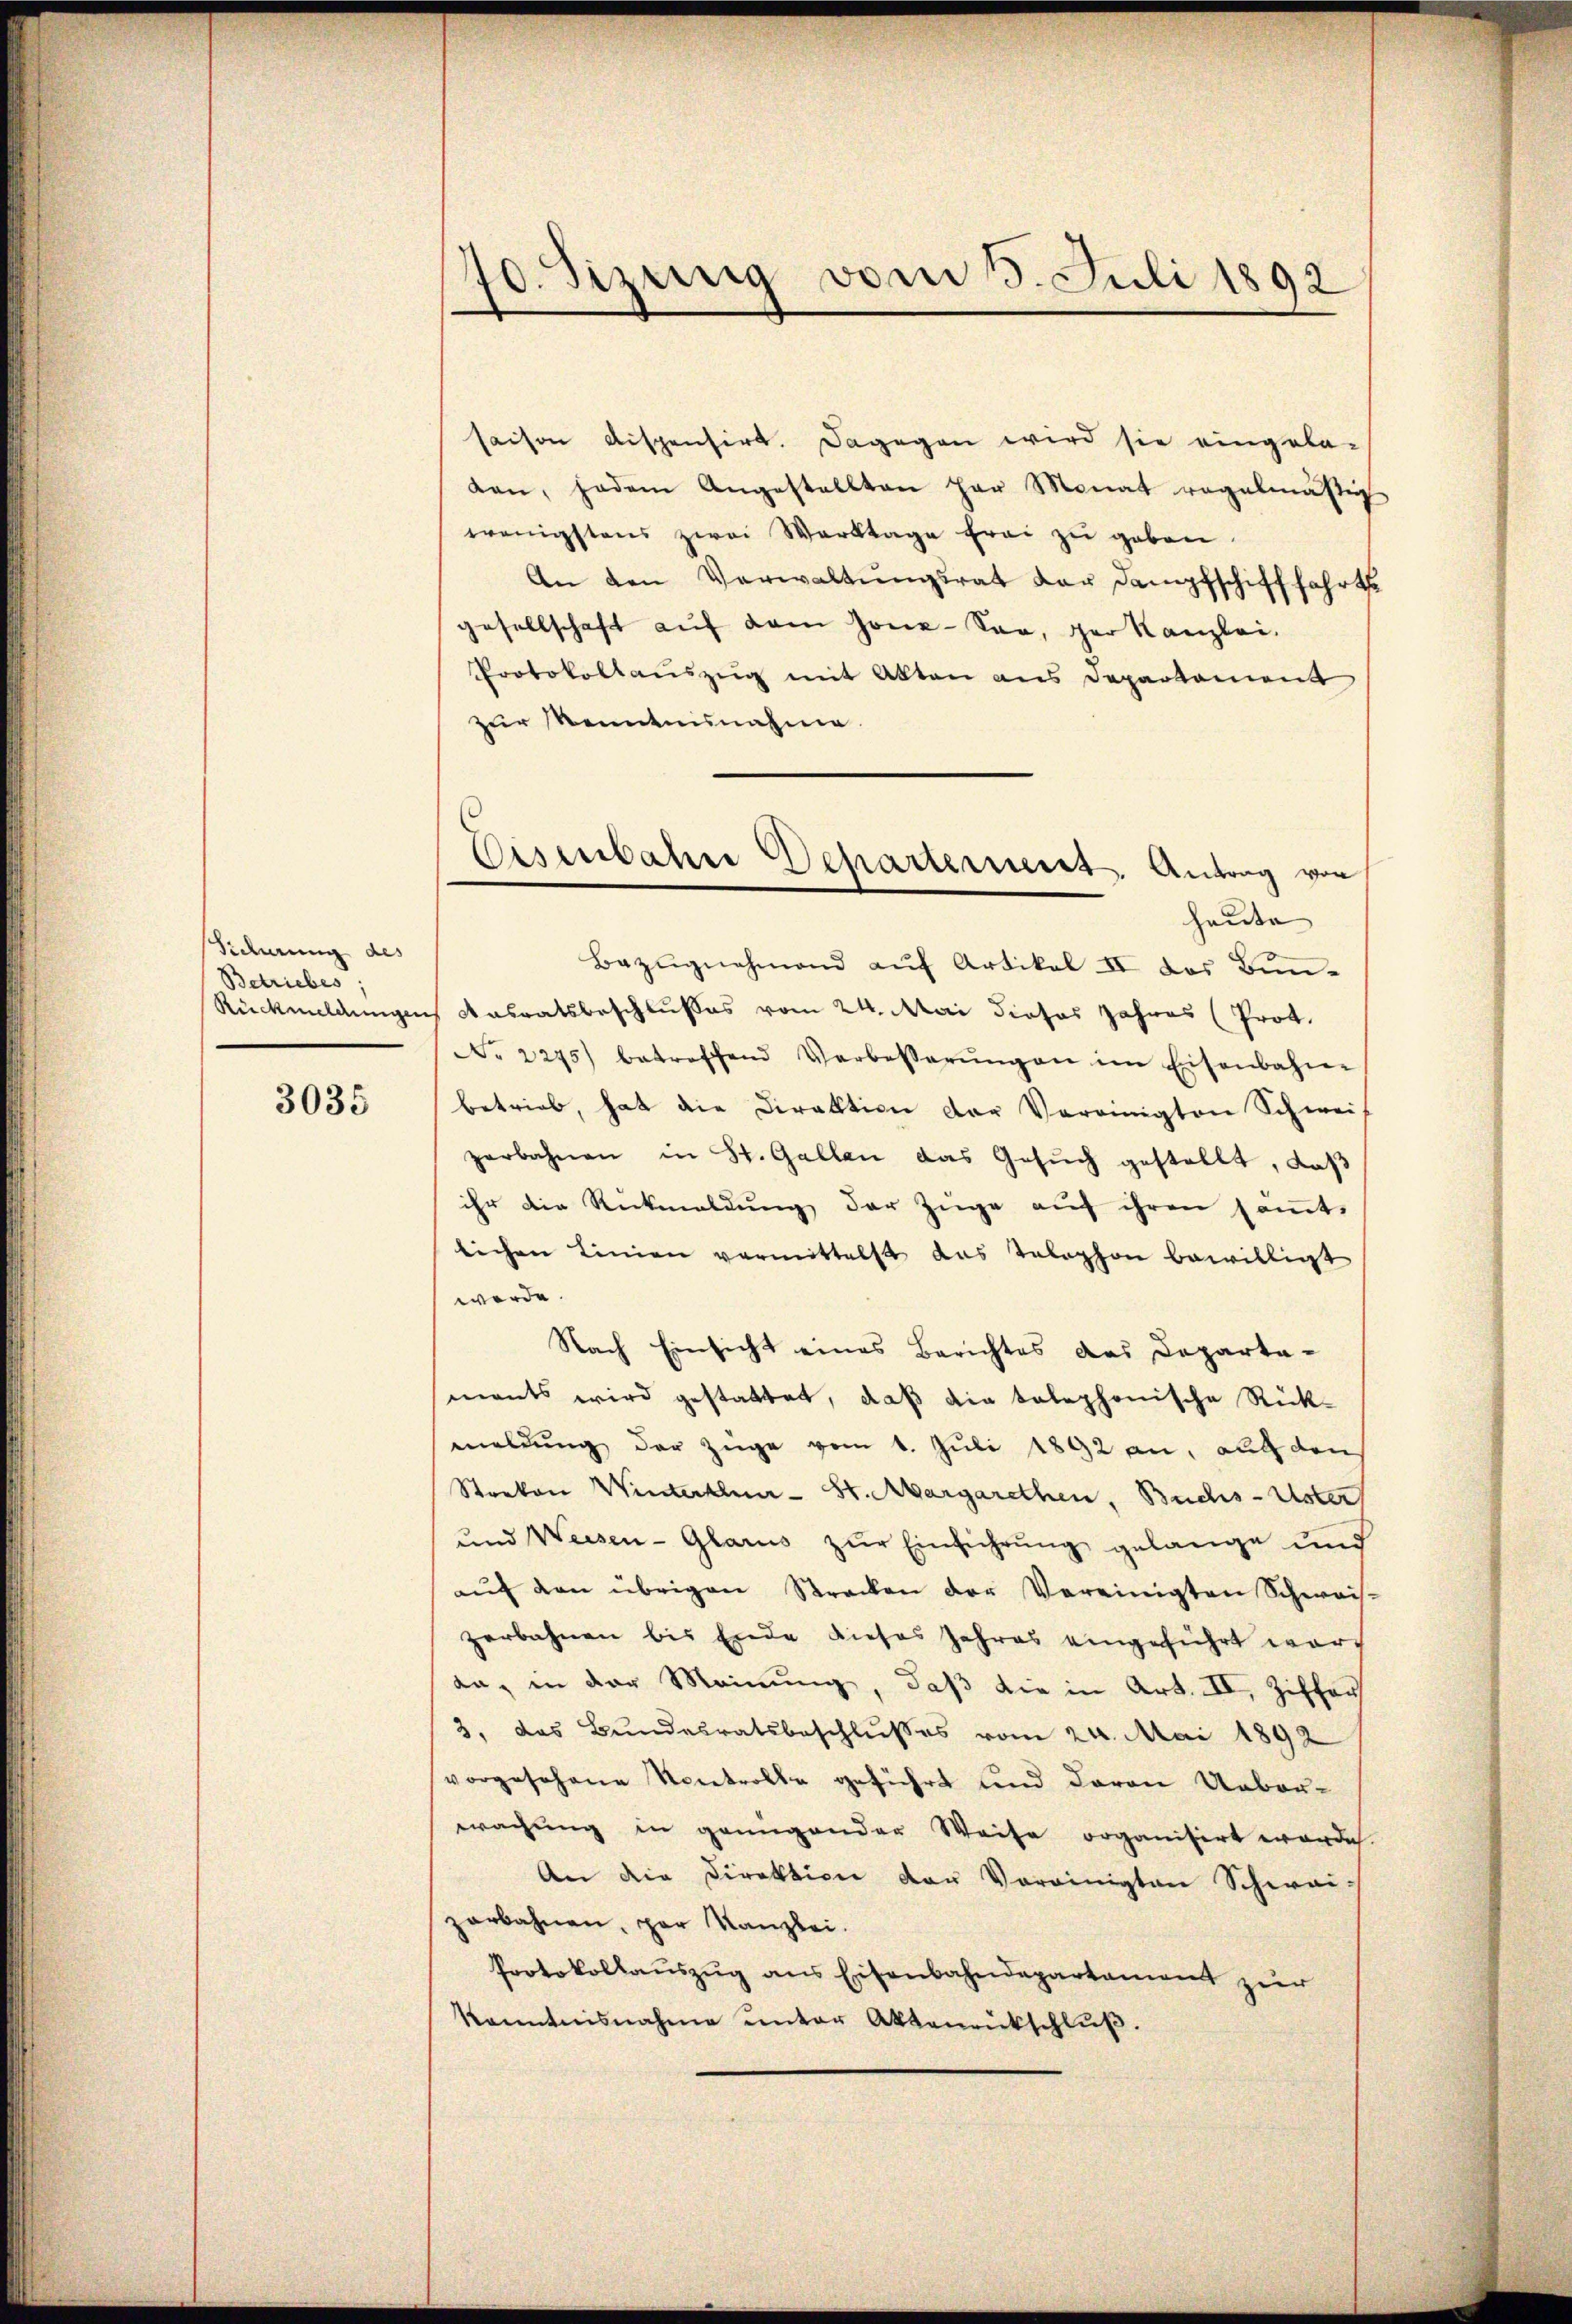
Sidierung des
Betriebes
Rückmeldungen

3035

70. Sizung vom 5. Juli 1892

saison dispensirt. Dagegen wird sie eingela-
den, jedem Angestellten her Monat regelmäβig
wenigstens zwei Werktage frei zŭ geben.
An den Verwaltŭngsrat der Dampfschifffahrte
gesellschaft aŭf dem Jone-See, der Kanzlei.
Protokollauszug mit Akten aus Departament
zur Kenntnisnahme
Bezŭgnehmend aŭf Artikel II des Bun-
Ansratsbeschlußes vom 24. Mai dieses Jahres (Prot.
No 2275) betreffend Verbesserŭngen im Eisenbahn-
betrieb, hat die Direktion der Vereinigten Schwei
zerbahnen in St. Gallen das Gesuch gestellt, daß
ihr die Rückmaldung der Züge auf ihren samt-
lichen Linien vermittelst das Telephon bewilligt
werde.
Nach Einsicht eines Berichtes des Departa-
mants wird gestattet, daβ die telephonische Rück-
meldung der Züge vom 1. Juli 1892 an, auf den
Streken Winterthur - St. Margarethen, Buchs-Uster
und Weisen-Glarus zŭr Einführung gelange und
aŭf den übrigen Strecken der Vereinigten Schweis-
zerbahnen bis Ende dieses Jahres eingeführt word
da, in der Meinung, daß die in Art. II, Ziffer
3, das Bundesratsbeschlußes vom 24. Mai 1892
vorgesehene Kontrolle geführt und davon Ueber-
wachung in genügender Weise organisirt worden.
An die Direktion der Vereinigten Schwai-
zerbahnen, par Kanzlei.
Protokollauszug aus Eisenbahndepartement zur
kanntnisnahme ŭnter Aktenrückschlŭβ.

Eisenbahre Departement. Antrag von
heute